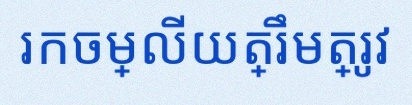
រកចម្លើយត្រឹមត្រូវ